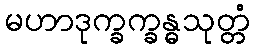
မဟာဒုက္ခက္ခန္ဓသုတ္တံ